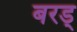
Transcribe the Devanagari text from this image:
बरड्